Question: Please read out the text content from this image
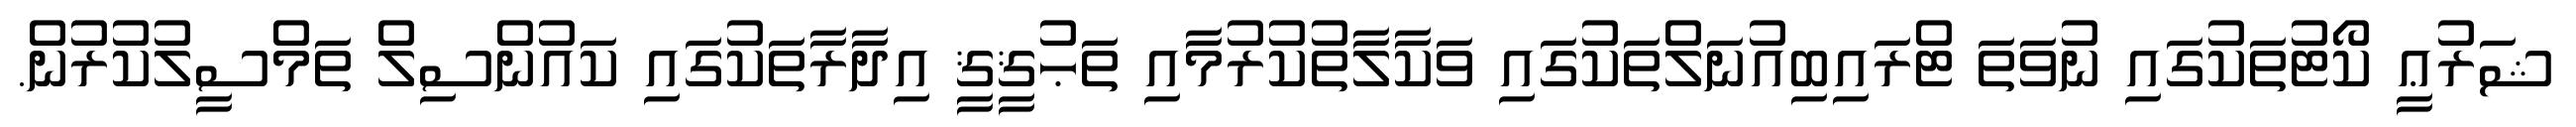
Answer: ޝަރުޢީ ކޯޓުތަކުގައި ނުވަތަ ޓްރައިބިއުނަލްތަކުގައި ވަކާލާތުކުރުމާއި ތަޙުޤީޤީ އިދާރާތަކުގައި ކައުންސިލް ތަމްސީލުކުރުން.